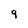
Character: q